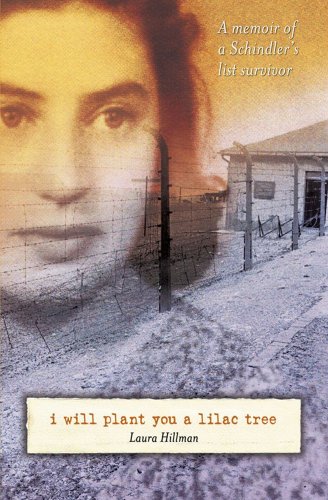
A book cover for I Will Plant You a Lilac Tree: A Memoir of a Schindler's List Survivor; Laura Hillman; Teen & Young Adult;